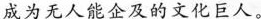
成为无人能企及的文化巨人。